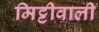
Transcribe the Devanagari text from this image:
मिट्टीवाली